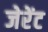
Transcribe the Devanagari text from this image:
जेरेंट